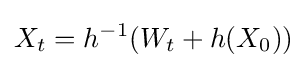
X_{t}=h^{-1}(W_{t}+h(X_{0}))